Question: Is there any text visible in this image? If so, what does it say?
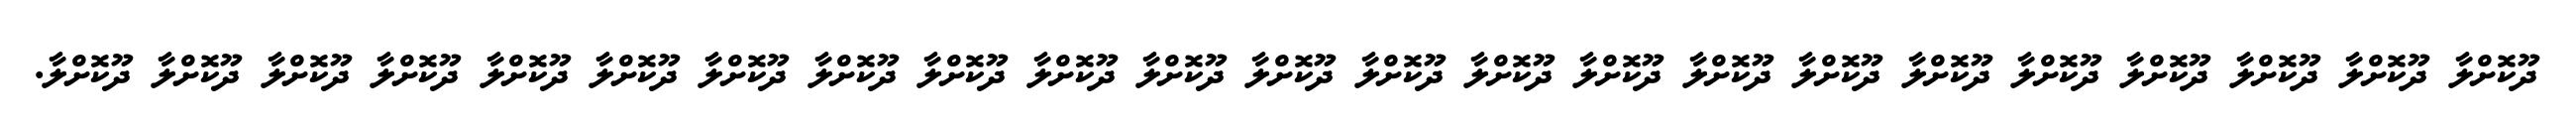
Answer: ދޫކޮށްލާ ދޫކޮށްލާ ދޫކޮށްލާ ދޫކޮށްލާ ދޫކޮށްލާ ދޫކޮށްލާ ދޫކޮށްލާ ދޫކޮށްލާ ދޫކޮށްލާ ދޫކޮށްލާ ދޫކޮށްލާ ދޫކޮށްލާ ދޫކޮށްލާ ދޫކޮށްލާ ދޫކޮށްލާ ދޫކޮށްލާ ދޫކޮށްލާ ދޫކޮށްލާ ދޫކޮށްލާ ދޫކޮށްލާ ދޫކޮށްލާ ދޫކޮށްލާ ދޫކޮށްލާ.